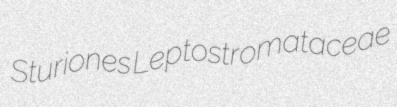
Sturiones Leptostromataceae